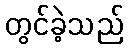
တွင်ခဲ့သည်